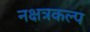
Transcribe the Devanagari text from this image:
नक्षत्रकल्प